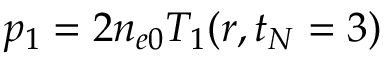
p _ { 1 } = 2 n _ { e 0 } T _ { 1 } ( r , t _ { N } = 3 )